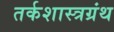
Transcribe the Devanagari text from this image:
तर्कशास्त्रग्रंथ